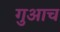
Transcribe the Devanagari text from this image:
गुआच